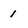
Character: 1